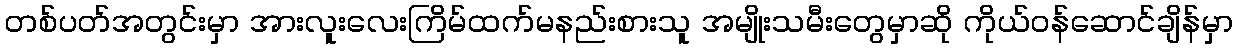
တစ်ပတ်အတွင်းမှာ အားလူးလေးကြိမ်ထက်မနည်းစားသူ အမျိုးသမီးတွေမှာဆို ကိုယ်ဝန်ဆောင်ချိန်မှာ